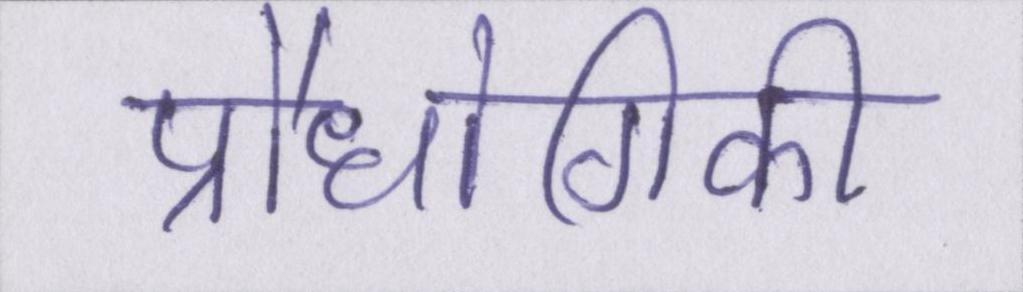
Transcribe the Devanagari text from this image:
प्रौधोगिकी